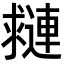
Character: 𨘑